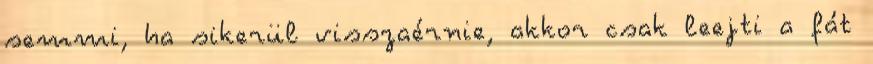
semmi, ha sikerül visszaérnie, akkor csak leejti a fát